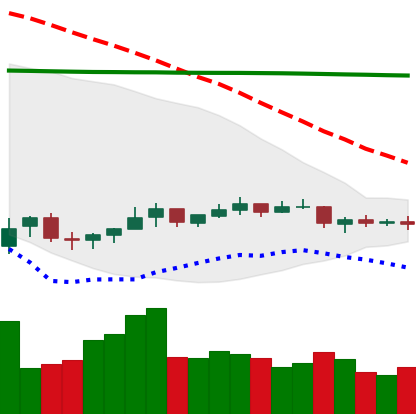
Ticker: NEO-USD
Chart end date: 2021-07-12
Forward return: -12.581%
Label: down_7plus